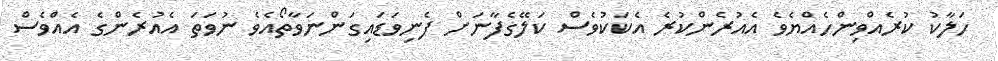
ހަލާކު ކުރެއްވިންހެއްޔެވެ އެއުރެންކުރެ އެކަކުވެސް ކަލޭގެފާނަށް ފެނިވަޑައިގަންނަވާތޯއެވެ ނުވަތަ އެއުރެންގެ އެއްވެސް